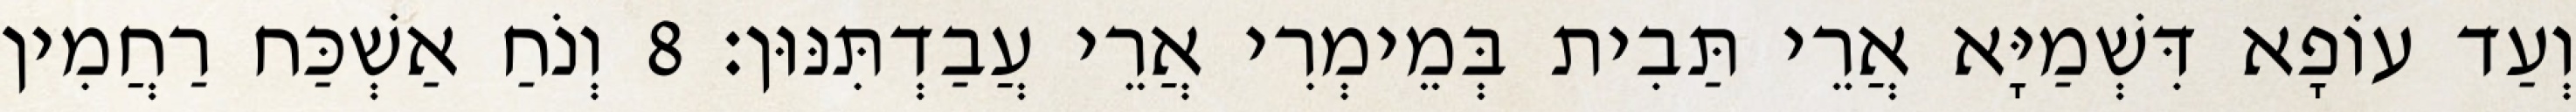
וְעַד עוֹפָא דִּשְׁמַיָּא אֲרֵי תַּבִית בְּמֵימְרִי אֲרֵי עֲבַדְתִּנּוּן׃ 8 וְנֹחַ אַשְׁכַּח רַחֲמִין